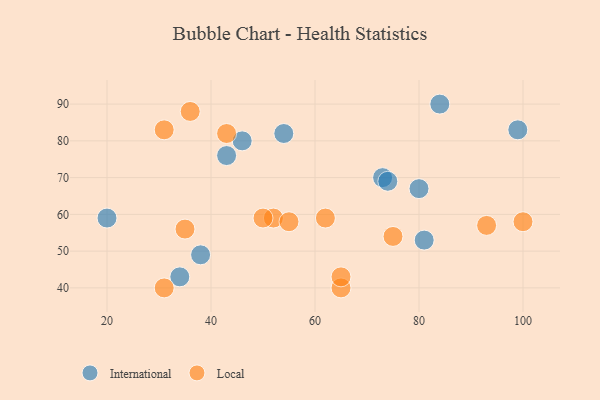
{"axis": {"x": "GDP", "y": "Life Expectancy"}, "legend": ["International", "Local"], "data": [{"x": "20", "y": 59, "type": "International"}, {"x": "43", "y": 76, "type": "International"}, {"x": "46", "y": 80, "type": "International"}, {"x": "34", "y": 43, "type": "International"}, {"x": "80", "y": 67, "type": "International"}, {"x": "38", "y": 49, "type": "International"}, {"x": "84", "y": 90, "type": "International"}, {"x": "54", "y": 82, "type": "International"}, {"x": "73", "y": 70, "type": "International"}, {"x": "99", "y": 83, "type": "International"}, {"x": "81", "y": 53, "type": "International"}, {"x": "74", "y": 69, "type": "International"}, {"x": "31", "y": 40, "type": "Local"}, {"x": "35", "y": 56, "type": "Local"}, {"x": "62", "y": 59, "type": "Local"}, {"x": "43", "y": 82, "type": "Local"}, {"x": "93", "y": 57, "type": "Local"}, {"x": "31", "y": 83, "type": "Local"}, {"x": "52", "y": 59, "type": "Local"}, {"x": "36", "y": 88, "type": "Local"}, {"x": "50", "y": 59, "type": "Local"}, {"x": "55", "y": 58, "type": "Local"}, {"x": "65", "y": 40, "type": "Local"}, {"x": "100", "y": 58, "type": "Local"}, {"x": "75", "y": 54, "type": "Local"}, {"x": "65", "y": 43, "type": "Local"}]}